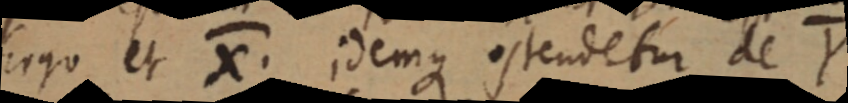
Ergo et X. idemque ostendetur de Y